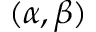
( \alpha , \beta )